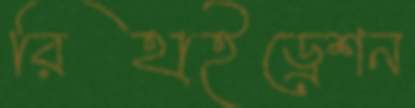
রিহাইড্রেশন